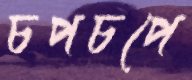
চপচপে